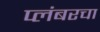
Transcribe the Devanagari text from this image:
प्लंबरचा